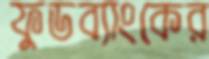
ফুডব্যাংকের